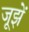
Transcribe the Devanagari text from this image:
जूझें